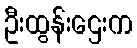
ဦးထွန်းဌေးက